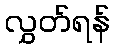
လွှတ်ရန်